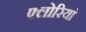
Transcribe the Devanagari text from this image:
फ्लोरियां